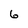
Character: 6